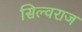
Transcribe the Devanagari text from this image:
सिल्वराज